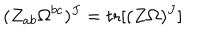
( Z _ { a b } \Omega ^ { b c } ) ^ { J } = \mathrm { t r } [ ( Z \Omega ) ^ { J } ]